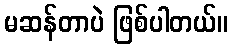
မဆန်တာပဲ ဖြစ်ပါတယ်။